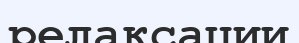
релаксации